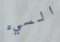
السيء